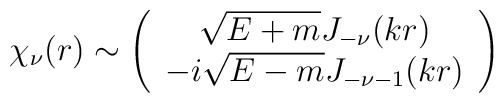
\chi_{\nu}(r) \sim \left(\begin{array}{c}\sqrt{E+m}J_{-\nu}(kr)\\-i\sqrt{E-m}J_{-\nu-1}(kr)\end{array}\right)